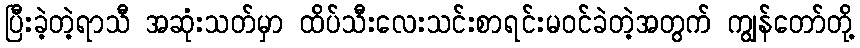
ပြီးခဲ့တဲ့ရာသီ အဆုံးသတ်မှာ ထိပ်သီးလေးသင်းစာရင်းမ၀င်ခဲတဲ့အတွက် ကျွန်တော်တို့